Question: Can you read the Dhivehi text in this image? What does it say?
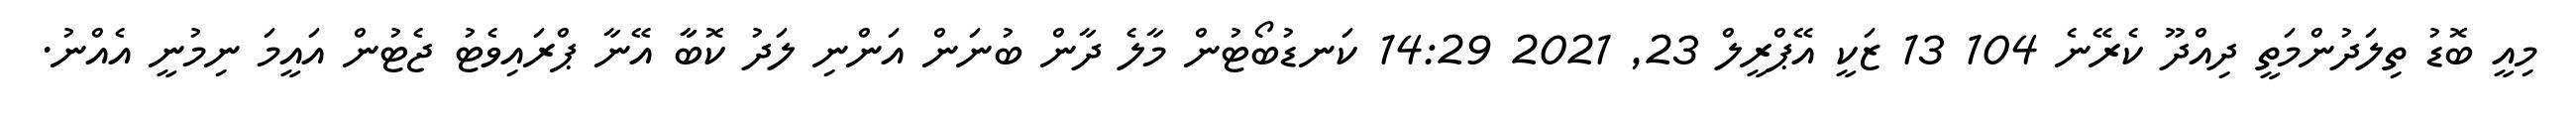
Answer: މިއީ ބޮޑު ތިލަދުންމަތީ ދިއްދޫ ކެރޭނެ 104 13 ޒަކީ އޭޕްރީލް 23, 2021 14:29 ކަނޑުބޯޓުން މާލެ ދާން ބުނަން އަންނި ލަދު ކޮބާާ އޭނާ ޕްރައިވެޓު ޖެޓުން އައީމަ ނިމުނީ އެއްނު.